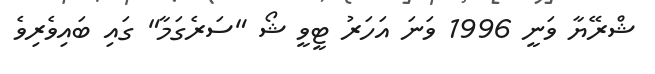
ޝްރޭޔާ ވަނީ 1996 ވަނަ އަހަރު ޓީވީ ޝޯ "ސަރެގަމާ" ގައި ބައިވެރިވެ